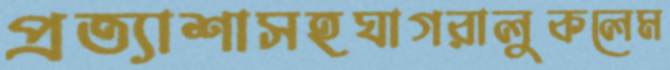
প্রত্যাশাসহঘাগরালুকলেম